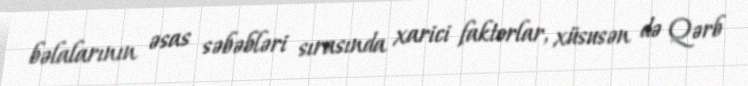
bəlalarının əsas səbəbləri sırasında xarici faktorlar, xüsusən də Qərb